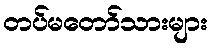
တပ်မတော်သားများ